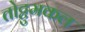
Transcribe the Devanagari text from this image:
तोट्टुमकल